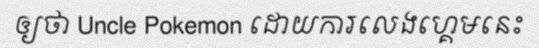
ឲ្យថា Uncle Pokemon ដោយការលេងហ្គេមនេះ